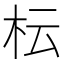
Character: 枟